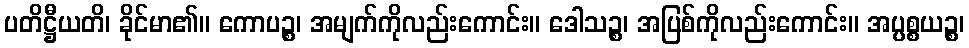
ပတိဋ္ဌီယတိ၊ ခိုင်မာ၏။ ကောပဉ္စ၊ အမျက်ကိုလည်းကောင်း။ ဒေါသဉ္စ၊ အပြစ်ကိုလည်းကောင်း။ အပ္ပစ္စယဉ္စ၊